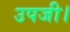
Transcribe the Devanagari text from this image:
उपजी।